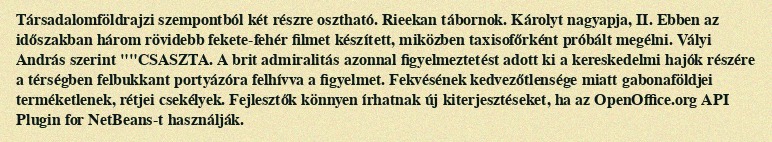
Társadalomföldrajzi szempontból két részre osztható. Rieekan tábornok. Károlyt nagyapja, II. Ebben az időszakban három rövidebb fekete-fehér filmet készített, miközben taxisofőrként próbált megélni. Vályi András szerint ""CSASZTA. A brit admiralitás azonnal figyelmeztetést adott ki a kereskedelmi hajók részére a térségben felbukkant portyázóra felhívva a figyelmet. Fekvésének kedvezőtlensége miatt gabonaföldjei terméketlenek, rétjei csekélyek. Fejlesztők könnyen írhatnak új kiterjesztéseket, ha az OpenOffice.org API Plugin for NetBeans-t használják.